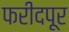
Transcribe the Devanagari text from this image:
फरीदपूर